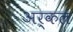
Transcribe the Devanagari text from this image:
अर्कल